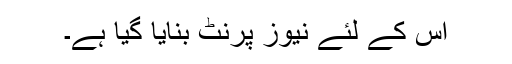
اس کے لئے نیوز پرنٹ بنایا گیا ہے۔